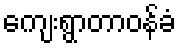
ကျေးရွာတာဝန်ခံ